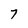
Character: 7